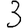
Digit: 3